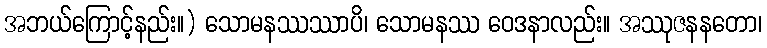
အဘယ်ကြောင့်နည်း။) သောမနဿဿာပိ၊ သောမနဿ ဝေဒနာလည်း။ အဿုဇနနတော၊